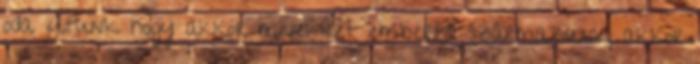
oda jutunk hogy akkor mivel két embertől származunk, akkor